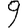
Digit: 9